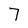
Character: 7